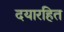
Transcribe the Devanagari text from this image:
दयारहित